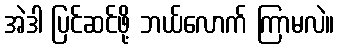
အဲဒါ ပြင်ဆင်ဖို့ ဘယ်လောက် ကြာမလဲ။